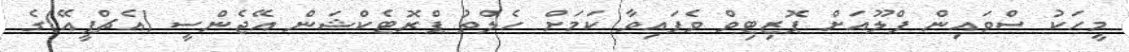
މީހަކު ސްވައިން ފްލޫއަށް ޕޮޒިޓިވް ވެފައިވާ ކަމަށް ހެލްތު ޕްރޮޓެކްޝަން އޭޖެންސީ (އެޗްޕީއޭ)ގެ